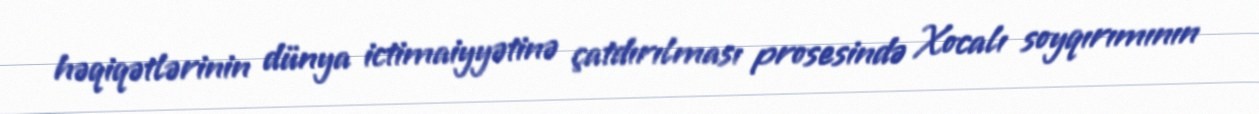
həqiqətlərinin dünya ictimaiyyətinə çatdırılması prosesində Xocalı soyqırımının